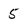
Character: 5